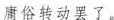
庸俗转动罢了。